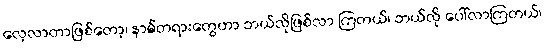
လေ့လာတာဖြစ်တော့၊ နာမ်တရားတွေဟာ ဘယ်လိုဖြစ်လာ ကြတယ်၊ ဘယ်လို ပေါ်လာကြတယ်၊